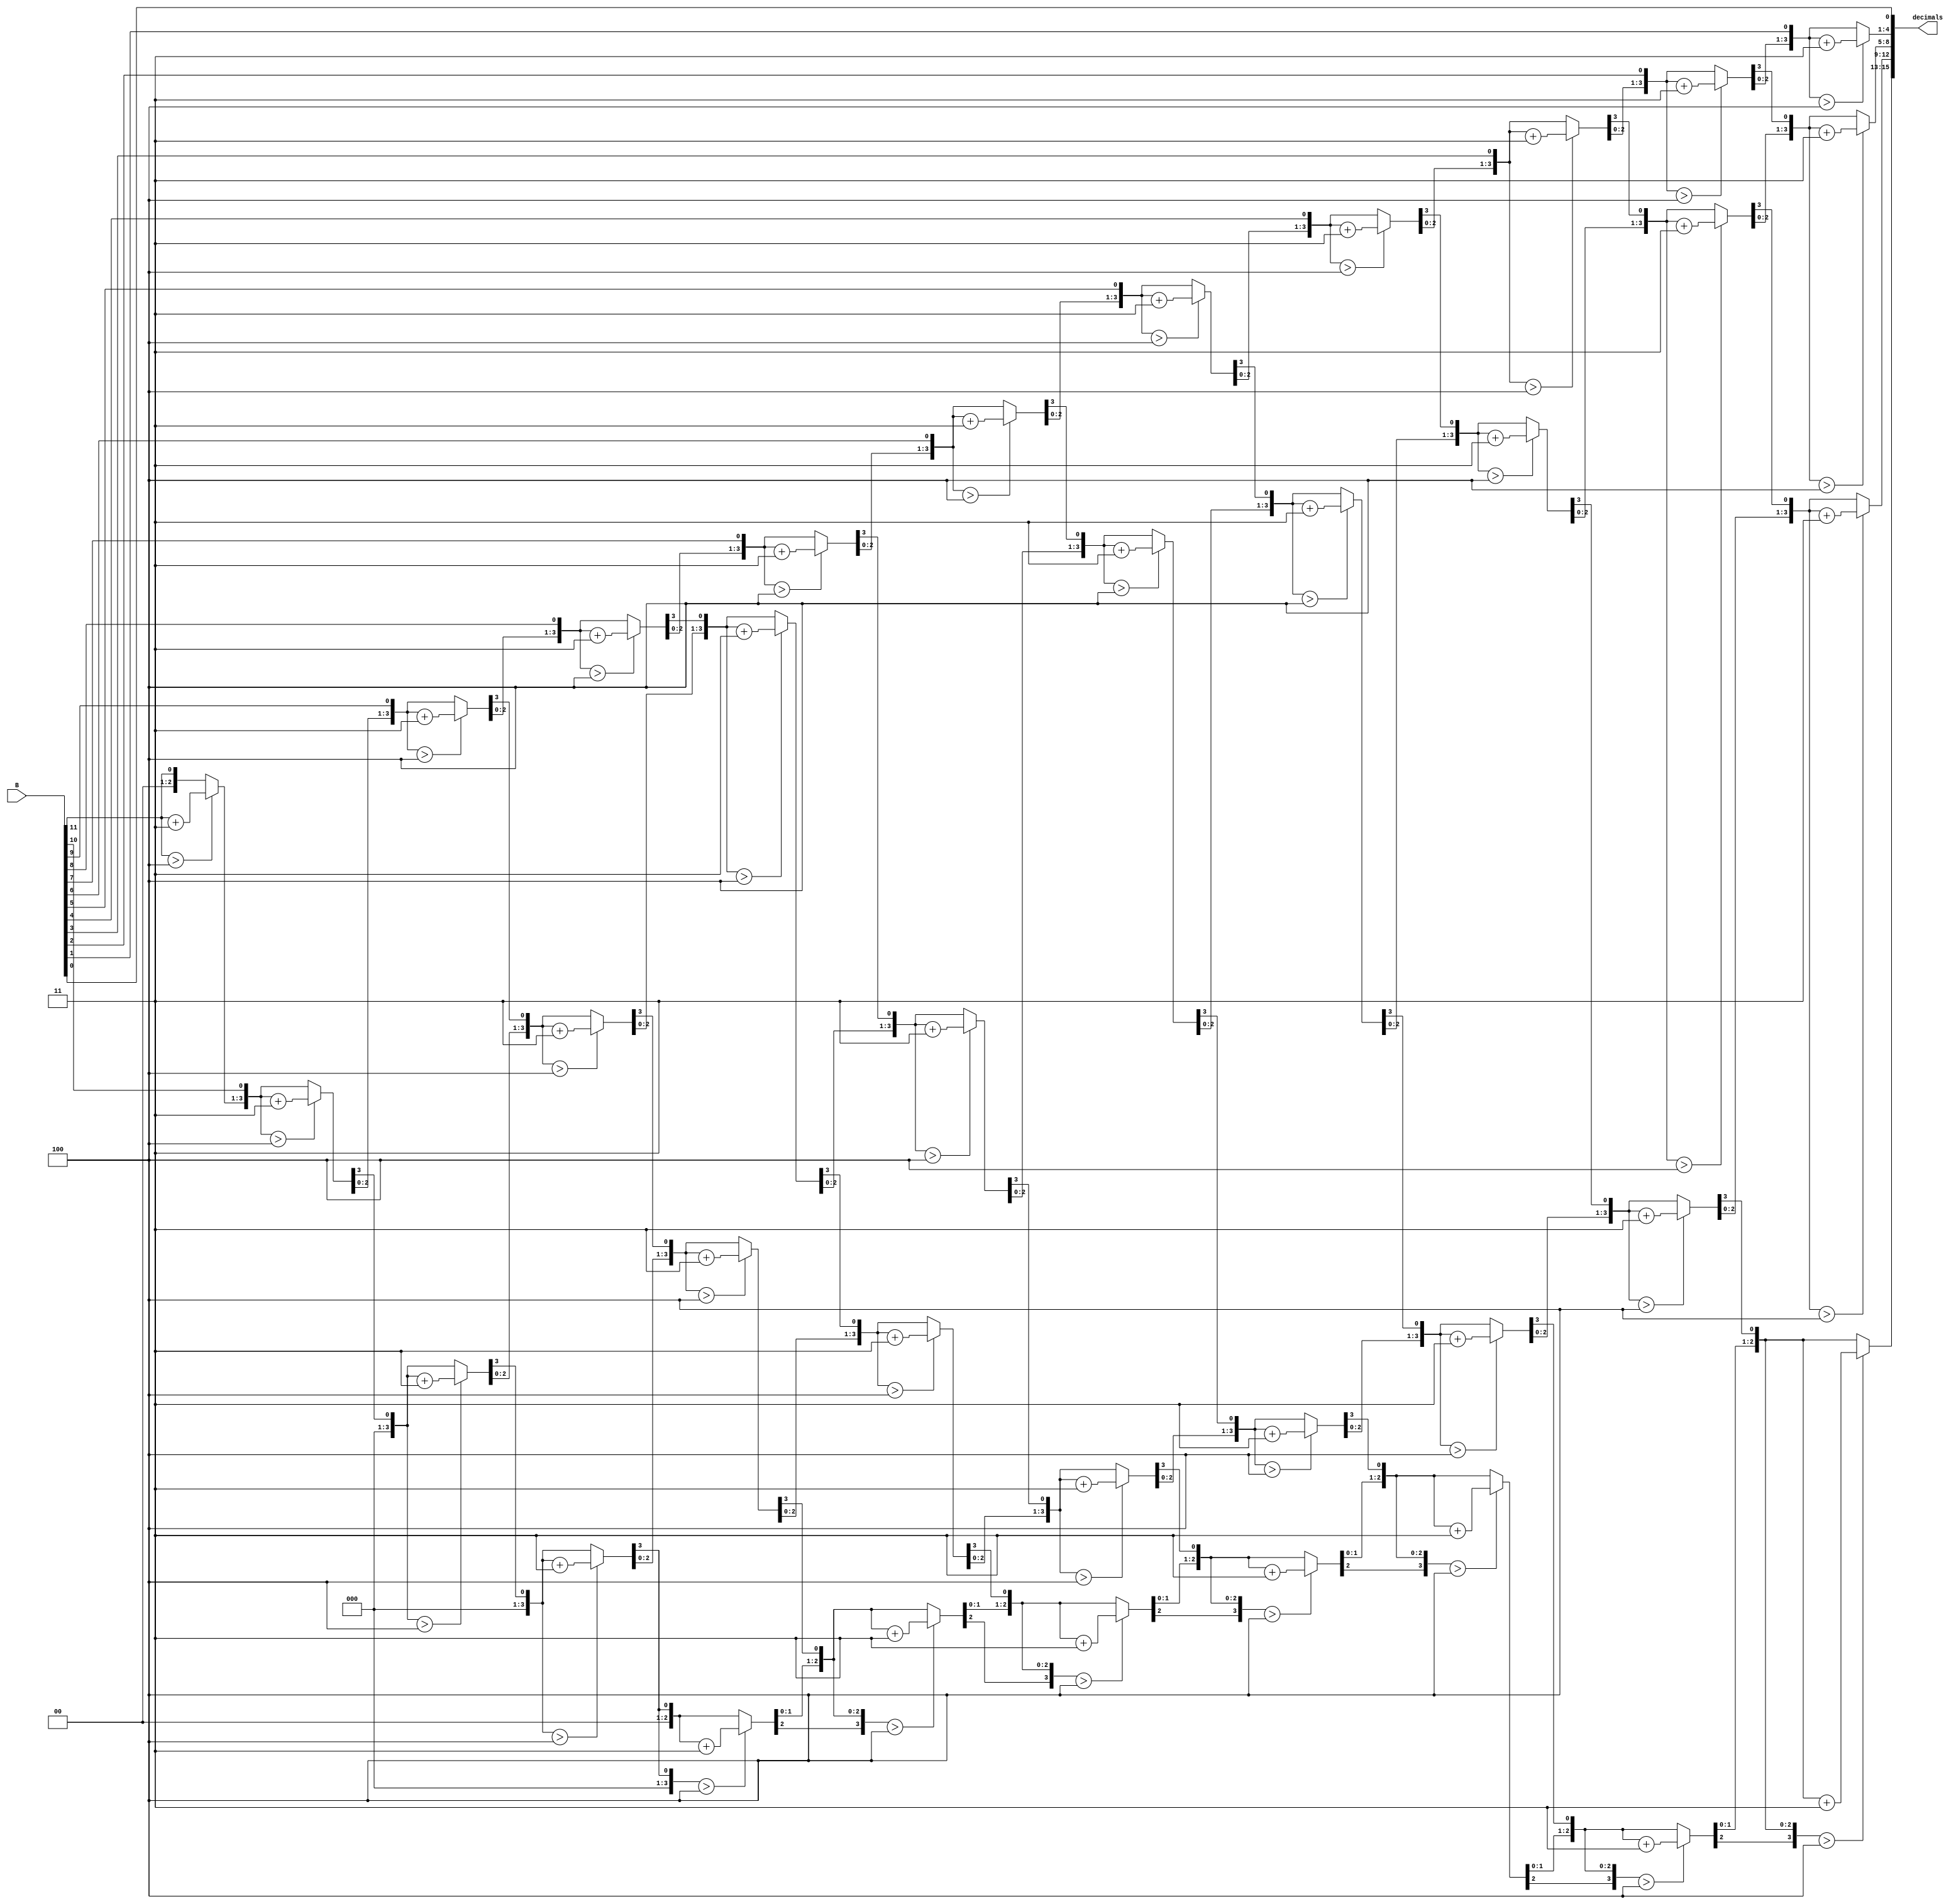
`timescale 1ns / 1ps
//////////////////////////////////////////////////////////////////////////////////
// Company: 
// Engineer: 
// 
// Design Name: 
// Module Name:    bin_to_decimal 
// Project Name: 
// Target Devices: 
// Tool versions: 
// Description: 
//
// Dependencies: 
//
// Revision: 
// Revision 0.01 - File Created
// Additional Comments: 
//
//////////////////////////////////////////////////////////////////////////////////
module bin_to_decimal(

	input [11:0] B,
	output reg [15:0] decimals
	);
	
	integer i;

always @(B)
begin
    decimals = 0;
    for(i = 11; i >= 0; i = i-1)
    begin
        if (decimals[15:12]>4)decimals[15:12]=decimals[15:12]+3;
        if (decimals[11:8]>4)decimals[11:8]=decimals[11:8]+3;
        if (decimals[7:4]>4)decimals[7:4]=decimals[7:4]+3;
        if (decimals[3:0]>4)decimals[3:0]=decimals[3:0]+3;
	   
        decimals = {decimals[14:0], B[i]};
    end         
end
endmodule